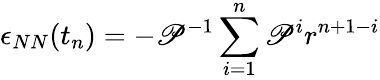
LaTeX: \epsilon_{NN}(t_{n})=-\mathscr{P}^{-1}\sum_{i=1}^{n}\mathscr{P}^{i}r^{n+1-i}